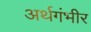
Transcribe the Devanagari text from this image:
अर्थगंभीर